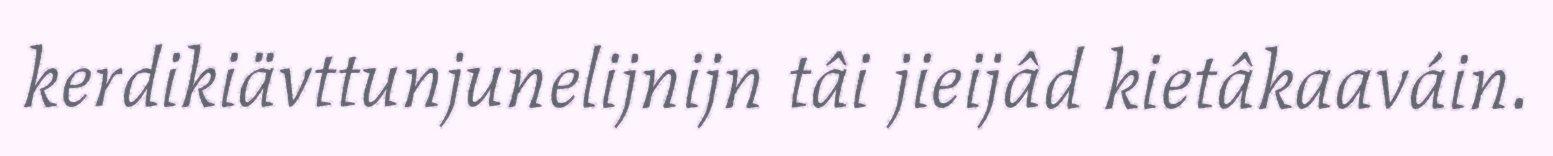
kerdikiävttunjunelijnijn tâi jieijâd kietâkaaváin.